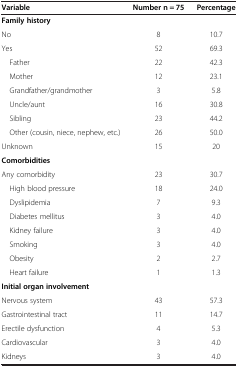
<table><thead><tr><td><b>Variable</b></td><td><b>Number n = 75</b></td><td><b>Percentage</b></td></tr></thead><tbody><tr><td><b>Family history</b></td><td> </td><td> </td></tr><tr><td>No</td><td>8</td><td>10.7</td></tr><tr><td>Yes</td><td>52</td><td>69.3</td></tr><tr><td> Father</td><td>22</td><td>42.3</td></tr><tr><td> Mother</td><td>12</td><td>23.1</td></tr><tr><td> Grandfather/grandmother</td><td>3</td><td>5.8</td></tr><tr><td> Uncle/aunt</td><td>16</td><td>30.8</td></tr><tr><td> Sibling</td><td>23</td><td>44.2</td></tr><tr><td> Other (cousin, niece, nephew, etc.)</td><td>26</td><td>50.0</td></tr><tr><td>Unknown</td><td>15</td><td>20</td></tr><tr><td><b>Comorbidities</b></td><td> </td><td> </td></tr><tr><td>Any comorbidity</td><td>23</td><td>30.7</td></tr><tr><td> High blood pressure</td><td>18</td><td>24.0</td></tr><tr><td> Dyslipidemia</td><td>7</td><td>9.3</td></tr><tr><td> Diabetes mellitus</td><td>3</td><td>4.0</td></tr><tr><td> Kidney failure</td><td>3</td><td>4.0</td></tr><tr><td> Smoking</td><td>3</td><td>4.0</td></tr><tr><td> Obesity</td><td>2</td><td>2.7</td></tr><tr><td> Heart failure</td><td>1</td><td>1.3</td></tr><tr><td><b>Initial organ involvement</b></td><td> </td><td> </td></tr><tr><td>Nervous system</td><td>43</td><td>57.3</td></tr><tr><td>Gastrointestinal tract</td><td>11</td><td>14.7</td></tr><tr><td>Erectile dysfunction</td><td>4</td><td>5.3</td></tr><tr><td>Cardiovascular</td><td>3</td><td>4.0</td></tr><tr><td>Kidneys</td><td>3</td><td>4.0</td></tr></tbody></table>